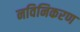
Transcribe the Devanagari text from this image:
नविनिकरण